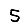
Digit: 5